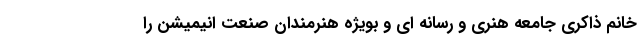
خانم ذاکری جامعه هنری و رسانه ای و بویژه هنرمندان صنعت انیمیشن را